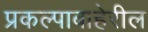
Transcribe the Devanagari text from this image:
प्रकल्पाबाहेरील